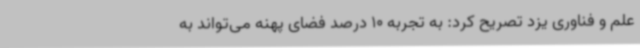
علم و فناوری یزد تصریح کرد: به تجربه 10 درصد فضای پهنه می‌تواند به